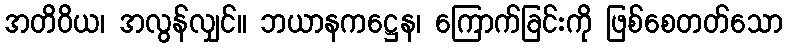
အတိဝိယ၊ အလွန်လျှင်။ ဘယာနကဋ္ဌေန၊ ကြောက်ခြင်းကို ဖြစ်စေတတ်သော